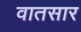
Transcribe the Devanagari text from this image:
वातसार